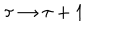
LaTeX: \tau \rightarrow \tau + 1